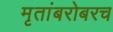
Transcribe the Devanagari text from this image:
मृतांबरोबरच